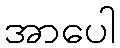
အာပေါ